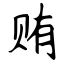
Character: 贿